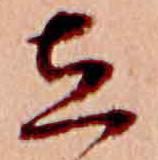
立